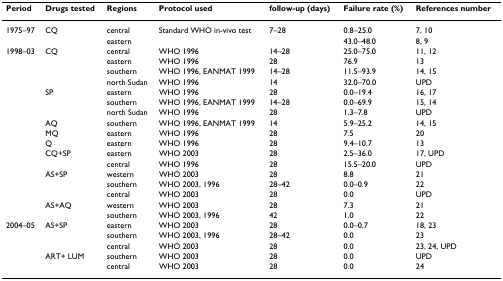
<table><thead><tr><td><b>Period</b></td><td><b>Drugs tested</b></td><td><b>Regions</b></td><td><b>Protocol used</b></td><td><b>follow-up (days)</b></td><td><b>Failure rate (%)</b></td><td><b>References number</b></td></tr></thead><tbody><tr><td>1975–97</td><td>CQ</td><td>central</td><td>Standard WHO in-vivo test</td><td>7–28</td><td>0.8–25.0</td><td>7, 10</td></tr><tr><td></td><td></td><td>eastern</td><td></td><td></td><td>43.0–48.0</td><td>8, 9</td></tr><tr><td>1998–03</td><td>CQ</td><td>central</td><td>WHO 1996</td><td>14–28</td><td>25.0–75.0</td><td>11, 12</td></tr><tr><td></td><td></td><td>eastern</td><td>WHO 1996</td><td>28</td><td>76.9</td><td>13</td></tr><tr><td></td><td></td><td>southern</td><td>WHO 1996, EANMAT 1999</td><td>14–28</td><td>11.5–93.9</td><td>14, 15</td></tr><tr><td></td><td></td><td>north Sudan</td><td>WHO 1996</td><td>14</td><td>32.0–70.0</td><td>UPD</td></tr><tr><td></td><td>SP</td><td>eastern</td><td>WHO 1996</td><td>28</td><td>0.0–19.4</td><td>16, 17</td></tr><tr><td></td><td></td><td>southern</td><td>WHO 1996, EANMAT 1999</td><td>14–28</td><td>0.0–69.9</td><td>15, 14</td></tr><tr><td></td><td></td><td>north Sudan</td><td>WHO 1996</td><td>28</td><td>1.3–7.8</td><td>UPD</td></tr><tr><td></td><td>AQ</td><td>southern</td><td>WHO 1996, EANMAT 1999</td><td>14</td><td>5.9–25.2</td><td>14, 15</td></tr><tr><td></td><td>MQ</td><td>eastern</td><td>WHO 1996</td><td>28</td><td>7.5</td><td>20</td></tr><tr><td></td><td>Q</td><td>eastern</td><td>WHO 1996</td><td>28</td><td>9.4–10.7</td><td>13</td></tr><tr><td></td><td>CQ+SP</td><td>eastern</td><td>WHO 2003</td><td>28</td><td>2.5–36.0</td><td>17, UPD</td></tr><tr><td></td><td></td><td>central</td><td>WHO 1996</td><td>28</td><td>15.5–20.0</td><td>UPD</td></tr><tr><td></td><td>AS+SP</td><td>western</td><td>WHO 2003</td><td>28</td><td>8.8</td><td>21</td></tr><tr><td></td><td></td><td>southern</td><td>WHO 2003, 1996</td><td>28–42</td><td>0.0–0.9</td><td>22</td></tr><tr><td></td><td></td><td>central</td><td>WHO 2003</td><td>28</td><td>0.0</td><td>UPD</td></tr><tr><td></td><td>AS+AQ</td><td>western</td><td>WHO 2003</td><td>28</td><td>7.3</td><td>21</td></tr><tr><td></td><td></td><td>southern</td><td>WHO 2003, 1996</td><td>42</td><td>1.0</td><td>22</td></tr><tr><td>2004–05</td><td>AS+SP</td><td>eastern</td><td>WHO 2003</td><td>28</td><td>0.0–0.7</td><td>18, 23</td></tr><tr><td></td><td></td><td>southern</td><td>WHO 2003, 1996</td><td>28–42</td><td>0.0</td><td>23</td></tr><tr><td></td><td></td><td>central</td><td>WHO 2003</td><td>28</td><td>0.0</td><td>23, 24, UPD</td></tr><tr><td></td><td>ART+ LUM</td><td>southern</td><td>WHO 2003</td><td>28</td><td>0.0</td><td>UPD</td></tr><tr><td></td><td></td><td>central</td><td>WHO 2003</td><td>28</td><td>0.0</td><td>24</td></tr></tbody></table>